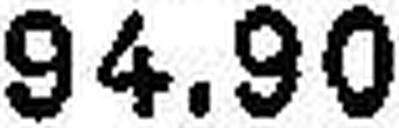
94.90